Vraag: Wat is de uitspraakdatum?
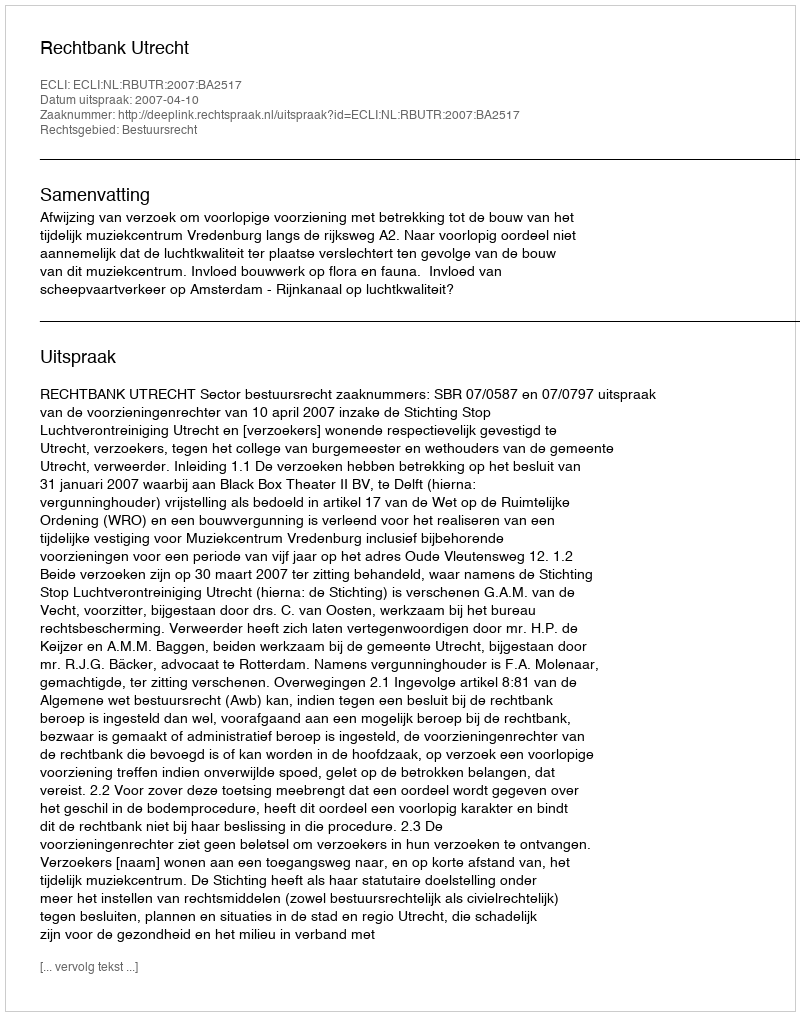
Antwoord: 2007-04-10